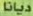
ديانا